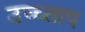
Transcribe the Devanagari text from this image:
उच्च्ताप